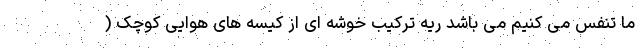
ما تنفس می کنیم می باشد ریه ترکیب خوشه ای از کیسه های هوایی کوچک (